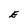
Character: E